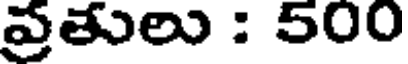
ప్రతులు : 500